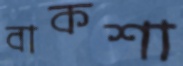
বাকশা